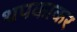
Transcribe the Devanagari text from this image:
थपकाकर